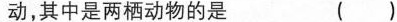
动，其中是两栖动物的是 ()